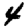
Digit: 4